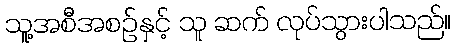
သူ့အစီအစဉ်နှင့် သူ ဆက် လုပ်သွားပါသည်။